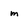
Character: m